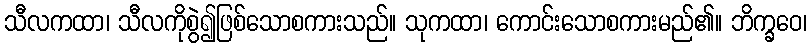
သီလကထာ၊ သီလကိုစွဲ၍ဖြစ်သောစကားသည်။ သုကထာ၊ ကောင်းသောစကားမည်၏။ ဘိက္ခဝေ၊